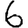
Digit: 6